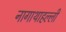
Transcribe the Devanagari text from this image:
नागाथाहल्ली